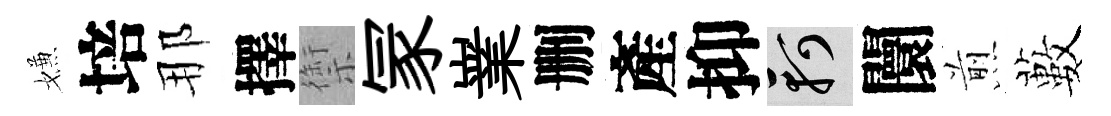
嫌培那擇禦冡嶪删產抑軻闤煎藪